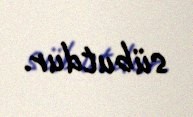
sübutdur.